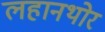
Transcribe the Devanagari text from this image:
लहानथोर